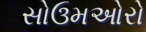
સોઉમઓરો